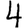
Digit: 4